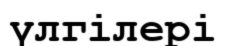
үлгілері